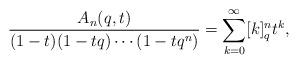
LaTeX: \begin{align*}\frac{A_{n}(q,t)}{(1-t)(1-tq)\cdots(1-tq^{n})}=\sum_{k=0}^{\infty}[k]_{q}^{n}t^{k},\end{align*}